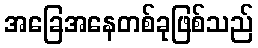
အခြေအနေတစ်ခုဖြစ်သည်